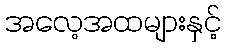
အလေ့အထများနှင့်